Annual report on the working of the lock hospitals in the North-Western Provinces and Oudh
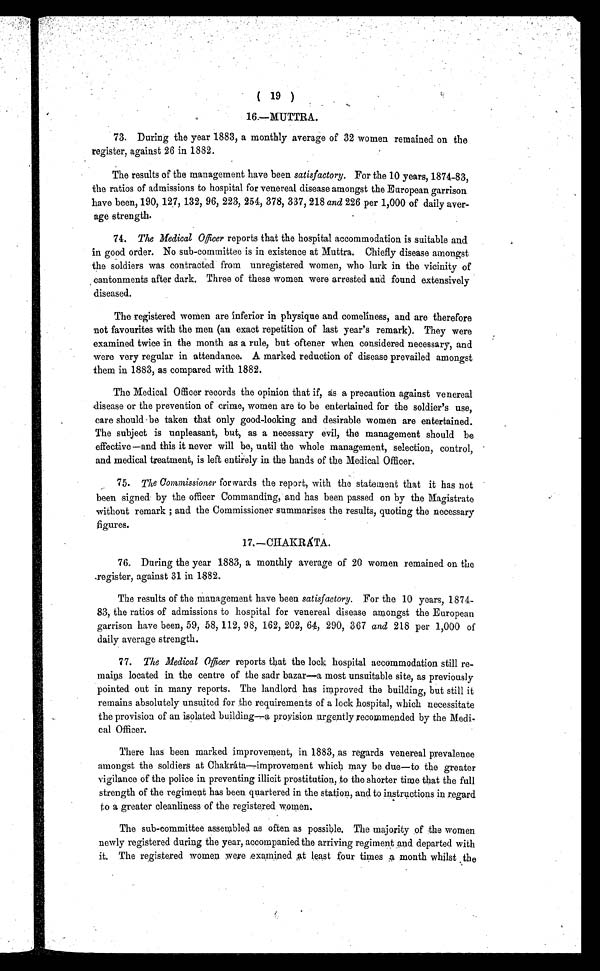
( 19 )
16.—MUTTRA.
73. During the year 1883, a monthly average of 32 women remained on the
register, against 26 in 1882.
The results of the management have been satisfactory. For the 10 years, 1874-83,
the ratios of admissions to hospital for venereal disease amongst the European garrison
have been, 190, 127, 132, 96, 223, 254, 378, 337, 218 and 226 per 1,000 of daily aver-
age strength.
74. The Medical Officer reports that the hospital accommodation is suitable and
in good order. No sub-committee is in existence at Muttra. Chiefly disease amongst
the soldiers was contracted from unregistered women, who lurk in the vicinity of
cantonments after dark, Three of these women were arrested and found extensively
diseased.
The registered women are inferior in physique and comeliness, and are therefore
not favourites with the men (an exact repetition of last year's remark). They were
examined twice in the month as a rule, but oftener when considered necessary, and
were very regular in attendance. A marked reduction of disease prevailed amongst
them in 1883, as compared with 1882.
The Medical Officer records the opinion that if, as a precaution against venereal
disease or the prevention of crime, women are to be entertained for the soldier's use,
care should be taken that only good-looking and desirable women are entertained.
The subject is unpleasant, but, as a necessary evil, the management should be
effective—and this it never will be, until the whole management, selection, control,
and medical treatment, is left entirely in the hands of the Medical Officer.
75. The Commissioner forwards the report, with the statement that it has not
been signed by the officer Commanding, and has been passed on by the Magistrate
without remark ; and the Commissioner summarises the results, quoting the necessary
f i g u r e s .
17.—CIIAKRÁTA.
76. During the year 1883, a monthly average of 20 women remained on the
register, against 31 in 1882.
The results of the management have been satisfactory. For the 10 years, 1874-
83, the ratios of admissions to hospital for venereal disease amongst the European
garrison have been, 59, 58, 112, 98, 162, 202, 64, 290, 367 and 218 per 1,000 of
daily average strength.
77. The Medical Officer reports that the lock hospital accommodation still re-
mains located in the centre of the sadr bazar—a most unsuitable site, as previously
pointed out in many reports. The landlord has improved the building, but still it
remains absolutely unsuited for the requirements of a lock hospital, which necessitate
the provision of an isolated building—a provision urgently recommended by the Medi-
cal Officer.
There has been marked improvement, in 1883, as regards venereal prevalence
amongst the soldiers at Chakráta—improvement which may be due—to the greater
vigilance of the police in preventing illicit prostitution, to the shorter time that the full
strength of the regiment has been quartered in the station, and to instructions in regard
to a greater cleanliness of the registered women.
The sub-committee assembled as often as possible. The majority of the women
newly registered during the year, accompanied the arriving regiment and departed with
it. The registered women were examined at least four times a month whilst the